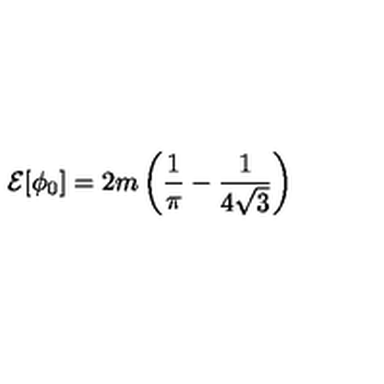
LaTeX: { \cal E } [ \phi _ { 0 } ] = 2 m \left( \frac { 1 } { \pi } - \frac { 1 } { 4 \sqrt { 3 } } \right)